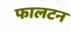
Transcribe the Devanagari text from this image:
फालटन